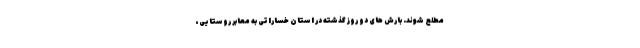
مطلع شوند. بارش های دو روز گذشته در استان خساراتی به معابر روستایی،